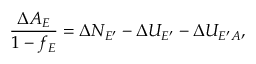
\frac { \Delta A _ { E } } { 1 - f _ { E } } = \Delta N _ { E ^ { \prime } } - \Delta U _ { E ^ { \prime } } - \Delta U _ { E ^ { \prime } A } ,